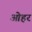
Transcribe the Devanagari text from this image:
ओहर